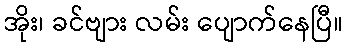
အိုး၊ ခင်ဗျား လမ်း ပျောက်နေပြီ။